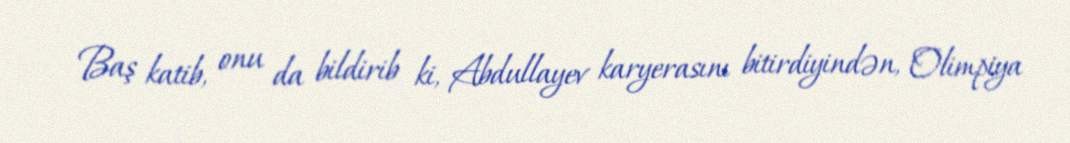
Baş katib, onu da bildirib ki, Abdullayev karyerasını bitirdiyindən, Olimpiya